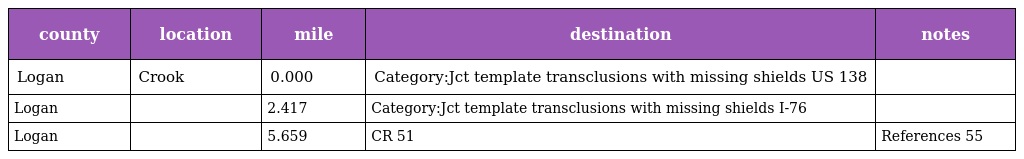
| county | location | mile | destination | notes |
 | --- | --- | --- | --- | --- |
 | Logan | Crook | 0.000 | Category:Jct template transclusions with missing shields US 138 |  |
 | Logan |  | 2.417 | Category:Jct template transclusions with missing shields I-76 |  |
 | Logan |  | 5.659 | CR 51 | References 55 |